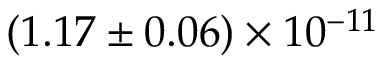
( 1 . 1 7 \pm 0 . 0 6 ) \times 1 0 ^ { - 1 1 }